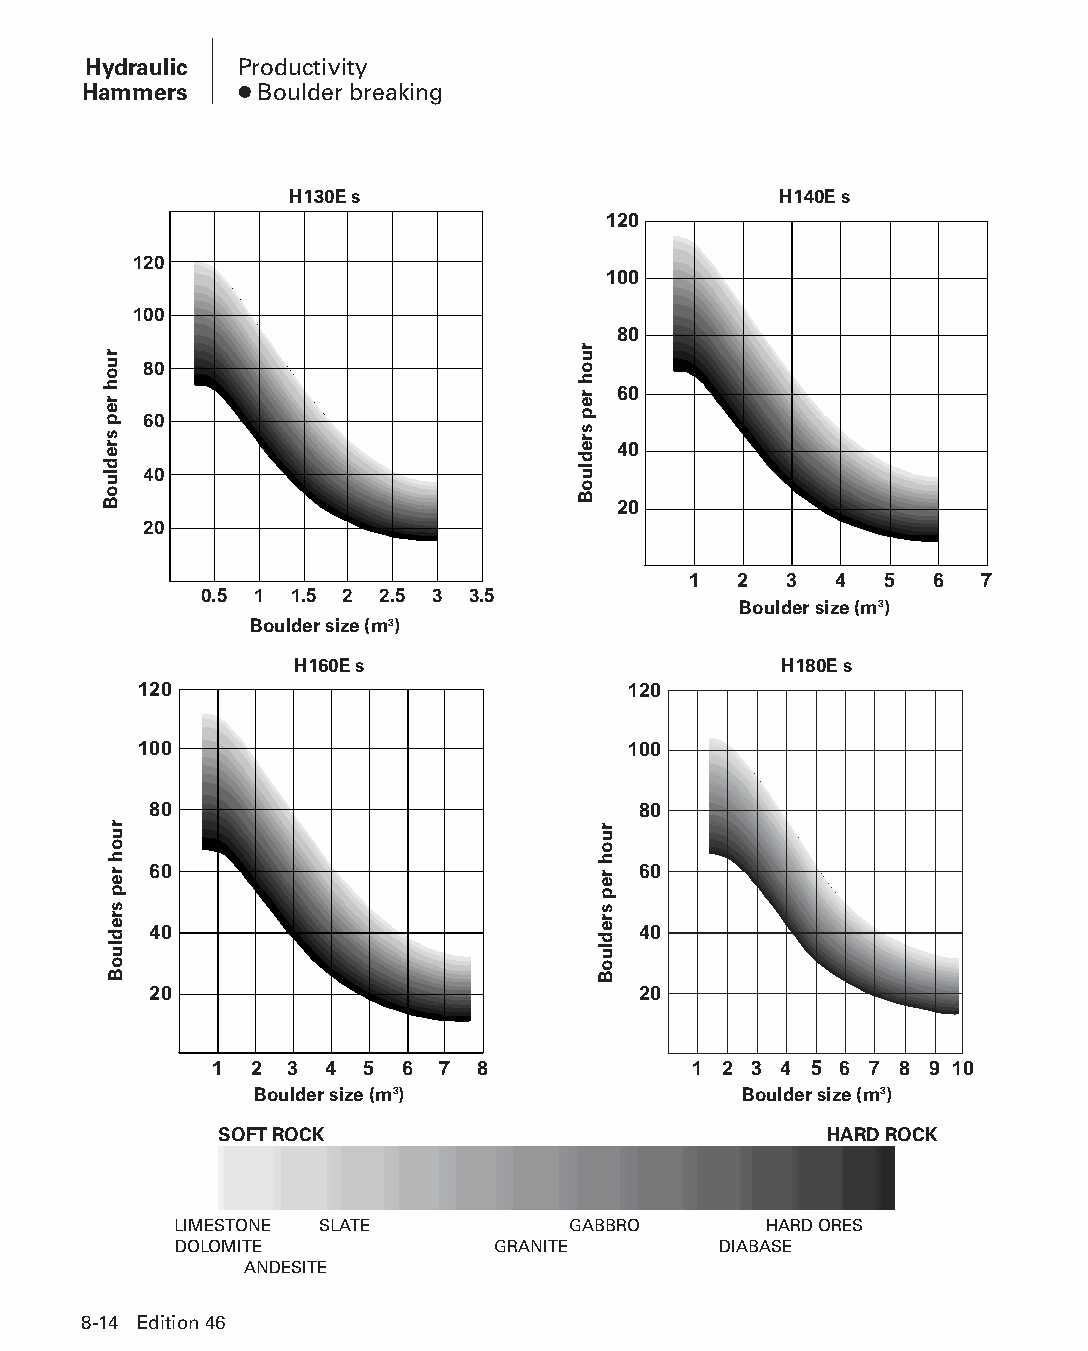
Hydraulic Productivity
 Hammers   ● Boulder breaking
 H130E s                         H140E s
 120
 120
 100
 100
 80
 80
 60
 60
 40
 40
 20
 20
 1  2  3   4  5  6  7
 0.5 1 1.5 2 2.5 3 3.5
 Boulder size (m3)
 Boulder size (m3)
 H160E s                         H180E s
 120                             120
 100                             100
 80                               80
 60                               60
 40                               40
 20                               20
 1  2 3  4 5  6 7  8             1 2 3 4 5 6 7 8 9 10
 Boulder size (m3)               Boulder size (m3)
 SOFT ROCK                               HARD ROCK
 LIMESTONE SLATE           GABBRO       HARD ORES
 DOLOMITE             GRANITE        DIABASE
 ANDESITE
 8-14 Edition 46
 PPHHBB--SSeecc0088--1166..iinndddd 1144                        1122//44//1155 1100::4400 AAMM
 ruoh
 rep
 sredluoB
 ruoh
 rep
 sredluoB
 ruoh
 rep
 sredluoB
 ruoh
 rep
 sredluoB